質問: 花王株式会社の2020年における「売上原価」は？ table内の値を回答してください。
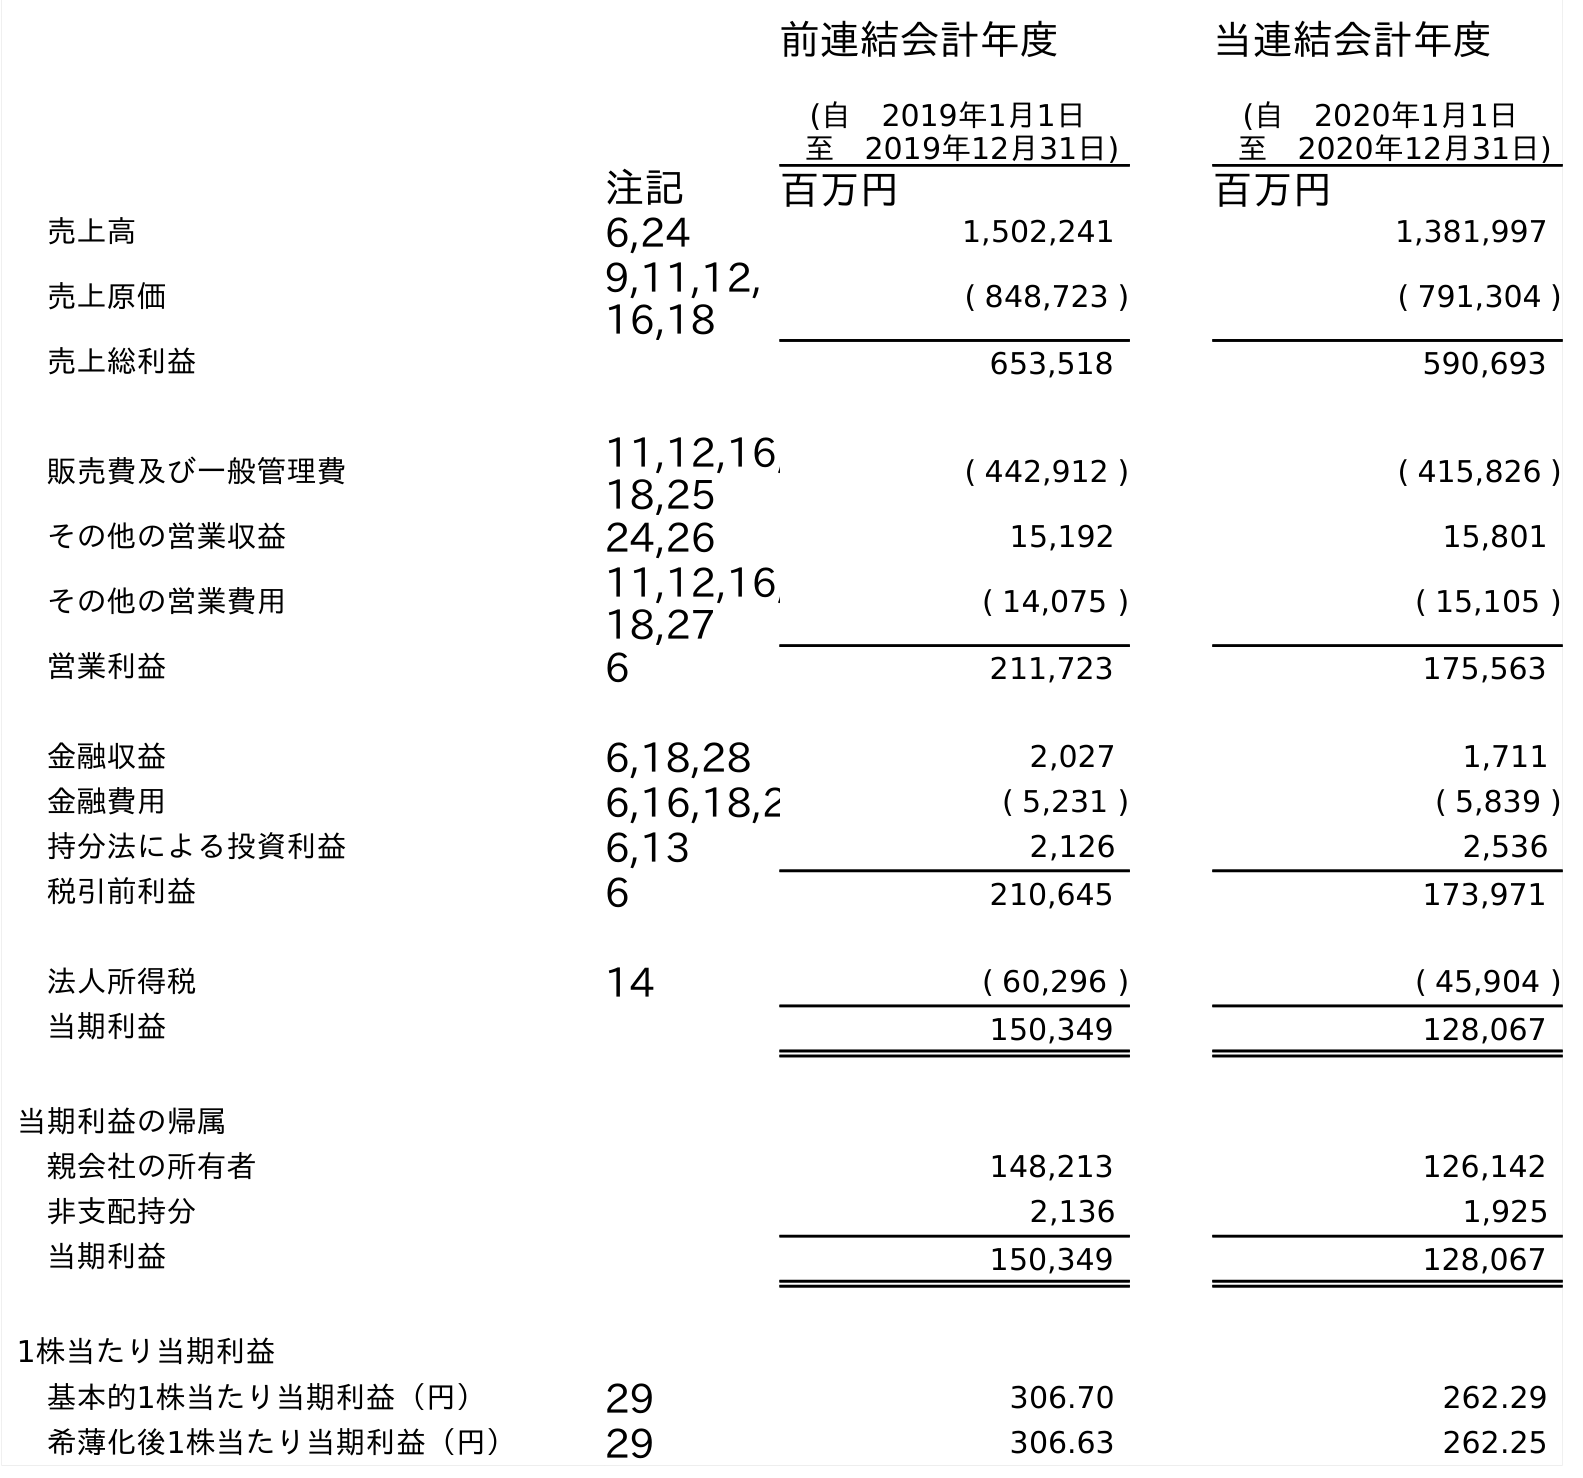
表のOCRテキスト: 前連結会計年度 (自 2019年1月1日 至 2019年12月31日) 当連結会計年度 (自 2020年1月1日 至 2020年12月31日) 注記 百万円 百万円 売上高 6,24 1,502,241 1,381,997 売上原価 9,11,12, 16,18 ( 848,723 ) ( 791,304 ) 売上総利益 653,518 590,693 販売費及び一般管理費 11,12,16, 18,25 ( 442,912 ) ( 415,826 ) その他の営業収益 24,26 15,192 15,801 その他の営業費用 11,12,16, 18,27 ( 14,075 ) ( 15,105 ) 営業利益 6 211,723 175,563 金融収益 6,18,28 2,027 1,711 金融費用 6,16,18,2 ( 5,231 ) ( 5,839 ) 持分法による投資利益 6,13 2,126 2,536 税引前利益 6 210,645 173,971 法人所得税 14 ( 60,296 ) ( 45,904 ) 当期利益 150,349 128,067 当期利益の帰属 親会社の所有者 148,213 126,142 非支配持分 2,136 1,925 当期利益 150,349 128,067 1株当たり当期利益 基本的1株当たり当期利益（円） 29 306.70 262.29 希薄化後1株当たり当期利益（円） 29 306.63 262.25
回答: (791,304)